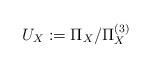
LaTeX: \begin{align*}U_X := \Pi_X/\Pi_X^{(3)}\end{align*}